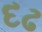
દઢ